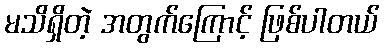
မသိရှိတဲ့ အတွက်ကြောင့် ဖြစ်ပါတယ်